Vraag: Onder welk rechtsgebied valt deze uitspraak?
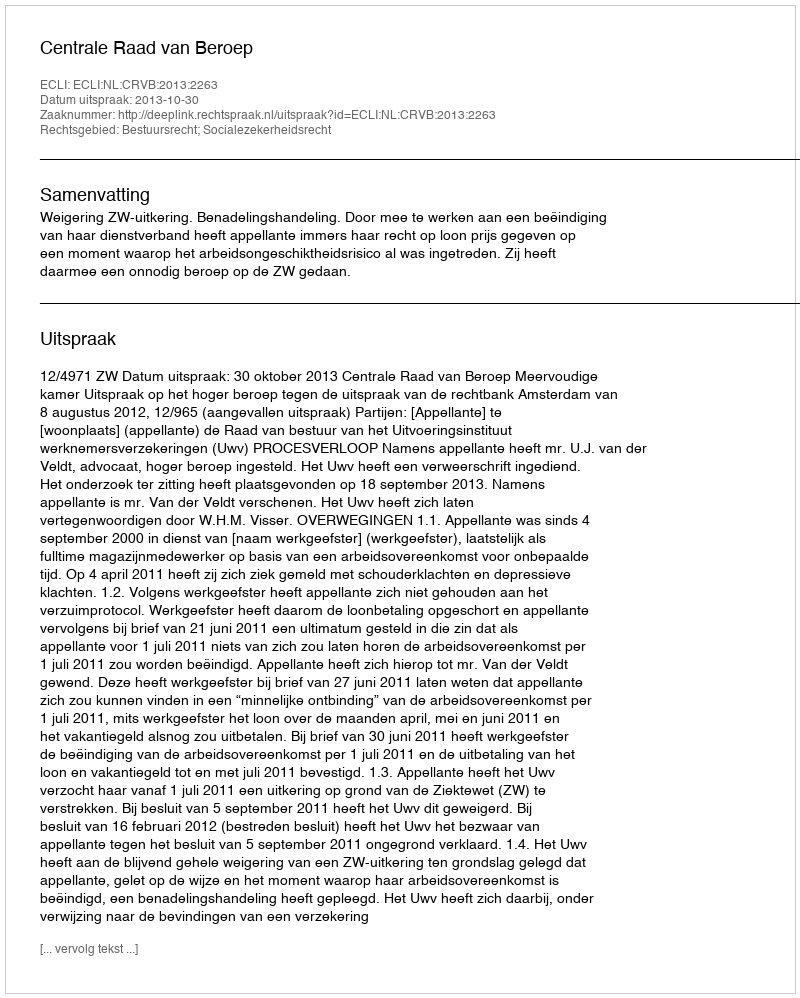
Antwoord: Bestuursrecht; Socialezekerheidsrecht